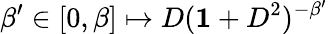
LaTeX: \beta^{\prime}\in[0,\beta]\mapsto D({\mathbf 1}+D^{2})^{-\beta^{\prime}}